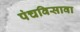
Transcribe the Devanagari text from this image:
पंचविसावा